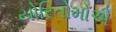
યોરિતોમોએ